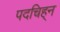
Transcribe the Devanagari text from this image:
पदचिह्‌न